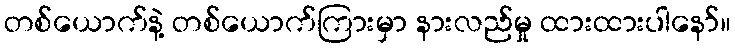
တစ်ယောက်နဲ့ တစ်ယောက်ကြားမှာ နားလည်မှု ထားထားပါနော်။